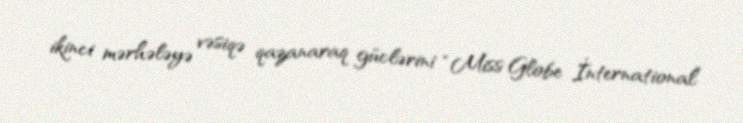
ikinci mərhələyə vəsiqə qazanaraq güclərini “Miss Globe İnternational”